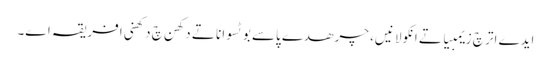
ایدے اتر چ زیمبیا تے انکولا نیں، چرھدے پاسے بوٹسوانا تے دکھن چ دکھنی افریقہ اے۔